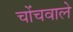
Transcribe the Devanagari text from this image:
चोंचवाले